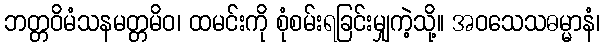
ဘတ္တဝိမံသနမတ္တမိဝ၊ ထမင်းကို စုံစမ်းရခြင်းမျှကဲ့သို့။ အဝသေသဓမ္မာနံ၊